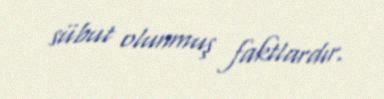
sübut olunmuş faktlardır.